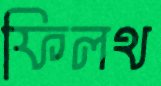
ফিলথ